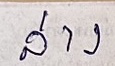
ล่าง